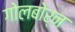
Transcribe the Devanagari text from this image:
गोलबोर्न